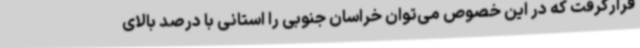
قرارگرفت که در این خصوص می‌توان خراسان جنوبی را استانی با درصد بالای